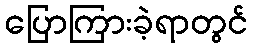
ပြောကြားခဲ့ရာတွင်